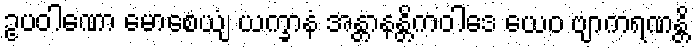
ဥပဝါဏော မောစေယျံ ယက္ခာနံ အန္တာနန္တိကဝါဒေ ယေဝ ဗျာကရဏန္တိ